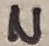
Text: N